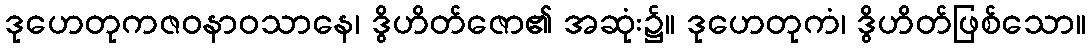
ဒုဟေတုကဇဝနာဝသာနေ၊ ဒွိဟိတ်ဇော၏ အဆုံး၌။ ဒုဟေတုကံ၊ ဒွိဟိတ်ဖြစ်သော။